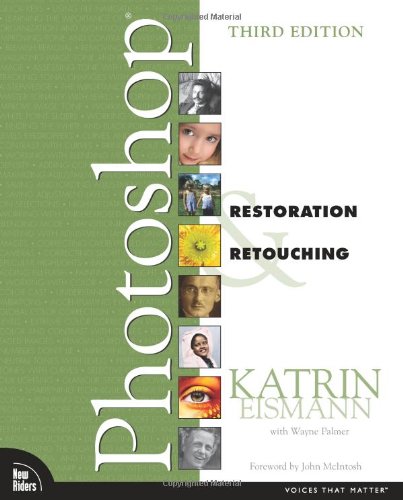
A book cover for Adobe Photoshop Restoration & Retouching (3rd Edition); Katrin Eismann; Computers & Technology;